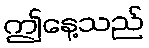
ဤနေ့သည်